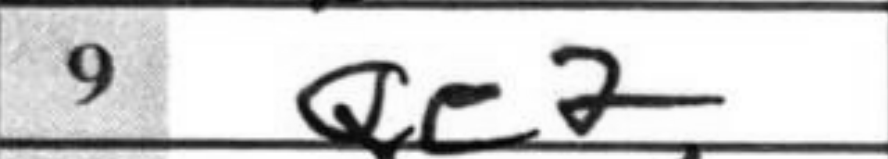
Transcription: Qe2